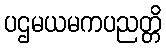
ပဌမယမကပညတ္တိ